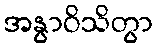
အနွာဝိသိတွာ